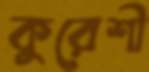
কুরেশী